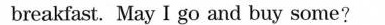
breakfast. May I go and buy some?